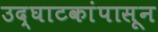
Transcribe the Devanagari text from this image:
उद्‌घाटकांपासून